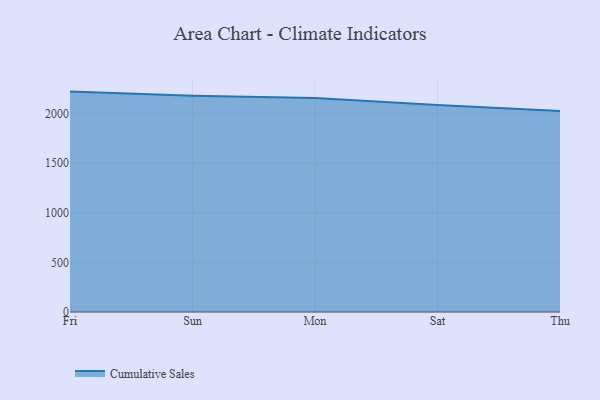
{"axis": {"x": "Day", "y": "Headcount"}, "legend": ["Cumulative Sales"], "data": [{"x": "Fri", "y": 2222.5, "type": "Cumulative Sales"}, {"x": "Sun", "y": 2179.4, "type": "Cumulative Sales"}, {"x": "Mon", "y": 2158.1, "type": "Cumulative Sales"}, {"x": "Sat", "y": 2088.0, "type": "Cumulative Sales"}, {"x": "Thu", "y": 2026.3, "type": "Cumulative Sales"}]}